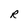
Character: R